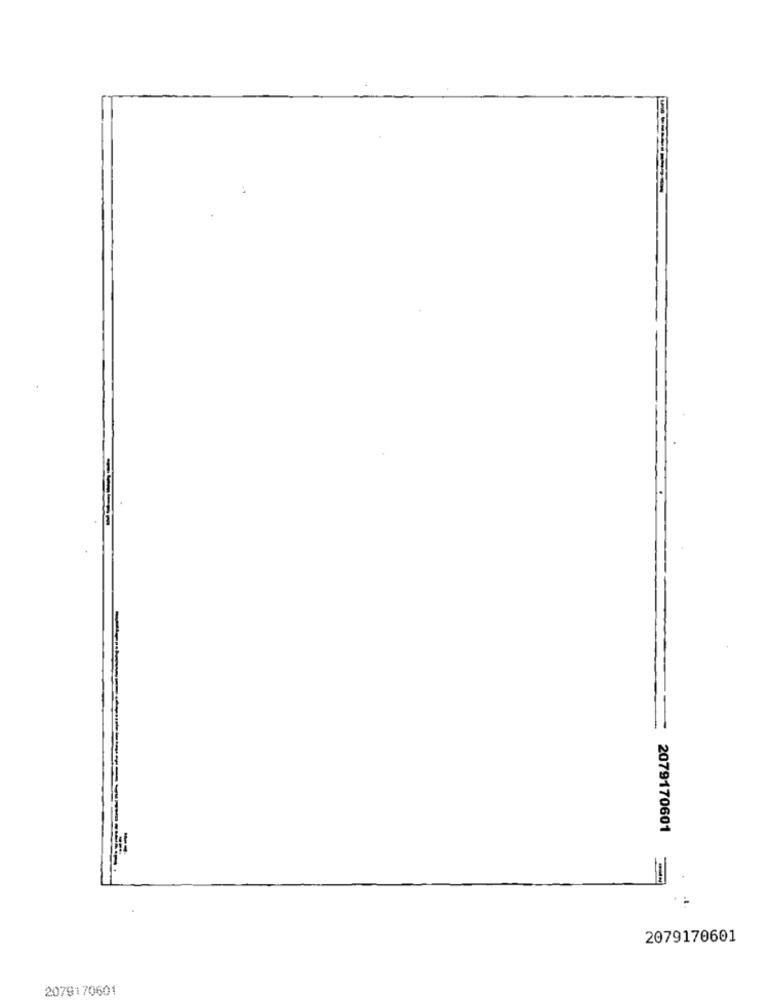
2079170601
2079170601
2079170601